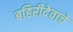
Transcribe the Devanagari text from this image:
बहिरीदेवाचे